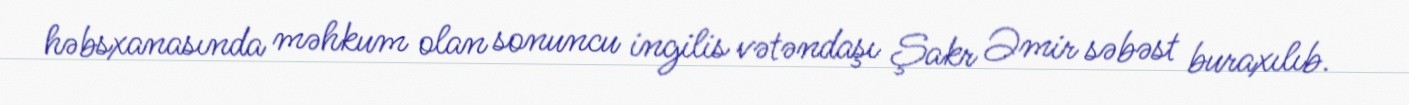
həbsxanasında məhkum olan sonuncu ingilis vətəndaşı Şakr Əmir səbəst buraxılıb.